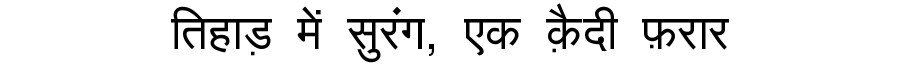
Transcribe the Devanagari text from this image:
तिहाड़ में सुरंग, एक क़ैदी फ़रार